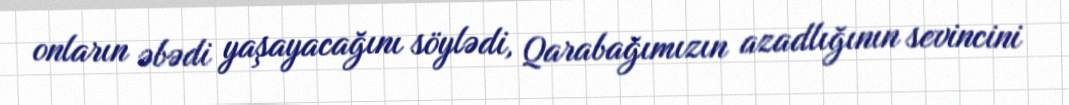
onların əbədi yaşayacağını söylədi, Qarabağımızın azadlığının sevincini